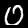
Label: 0